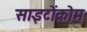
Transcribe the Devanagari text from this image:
साइटोंक्रोम